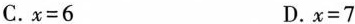
C. $$x = 6$$ D. $$x = 7$$